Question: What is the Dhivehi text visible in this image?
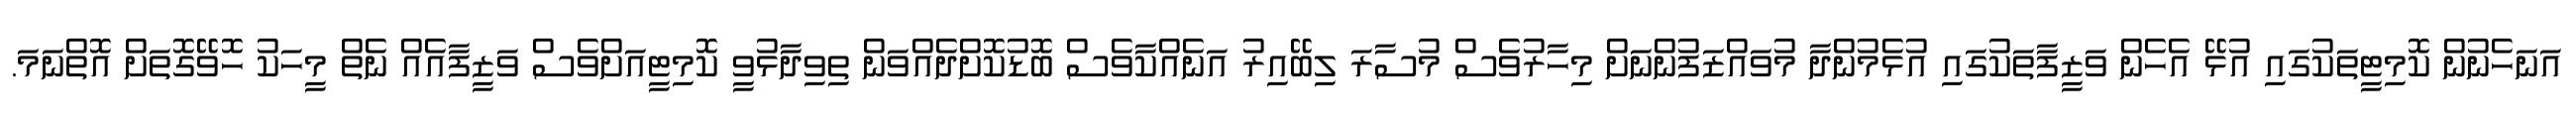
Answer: އަނަހެނުން ކޮމިޓީތަކުގައި އުޅޭ އެހެން ވަޒީފާތަކުގައި އުޅެމުންދާ މުވައްޒަފުންނަށް މިހާރުވެސް މުސާރަ ލިބޭއިރު އަނެއްކާވެސް ބޮޑުކޮށްދެއްވަން ތިވިދާޅުވީ ކޮމިޓީއަށްވެސް ވަޒީފާއެއް ނެތް މީހަކު ހޮވޭގޮތަށް އޮތްނަމަ.